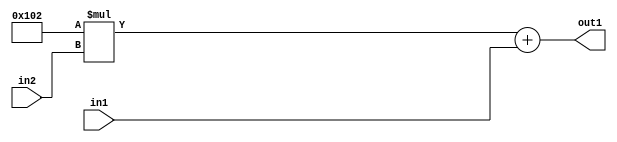
`timescale 1ps / 1ps
/*****************************************************************************
    Verilog RTL Description
    
    
    Created by: Stratus DpOpt 2019.1.01 
*******************************************************************************/

module DC_Filter_Add2u9Mul2i258u2_1 (
	in2,
	in1,
	out1
	); /* architecture "behavioural" */ 
input [1:0] in2;
input [8:0] in1;
output [11:0] out1;
wire [11:0] asc001;

wire [11:0] asc001_tmp_0;
assign asc001_tmp_0 = 
	+(12'B000100000010 * in2);
assign asc001 = asc001_tmp_0
	+(in1);

assign out1 = asc001;
endmodule

/* CADENCE  ubj4Tws= : u9/ySgnWtBlWxVPRXgAZ4Og= ** DO NOT EDIT THIS LINE ******/